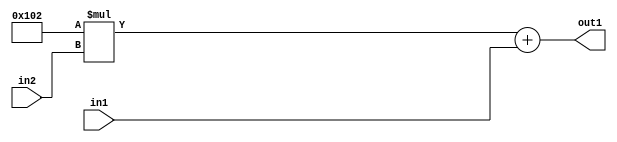
`timescale 1ps / 1ps
/*****************************************************************************
    Verilog RTL Description
    
    
    Created by: Stratus DpOpt 2019.1.01 
*******************************************************************************/

module DC_Filter_Add2u9Mul2i258u2_1 (
	in2,
	in1,
	out1
	); /* architecture "behavioural" */ 
input [1:0] in2;
input [8:0] in1;
output [11:0] out1;
wire [11:0] asc001;

wire [11:0] asc001_tmp_0;
assign asc001_tmp_0 = 
	+(12'B000100000010 * in2);
assign asc001 = asc001_tmp_0
	+(in1);

assign out1 = asc001;
endmodule

/* CADENCE  ubj4Tws= : u9/ySgnWtBlWxVPRXgAZ4Og= ** DO NOT EDIT THIS LINE ******/